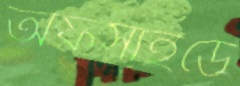
অফসাইডে